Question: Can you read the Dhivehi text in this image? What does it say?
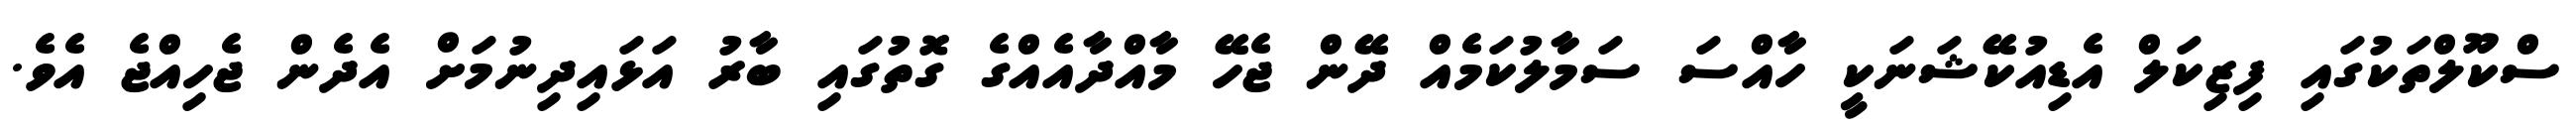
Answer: ސްކޫލްތަކުގައި ފިޒިކަލް އެޑިއުކޭޝަނަކީ ހާއްސަ ސަމާލުކަމެއް ދޭން ޖެހޭ މާއްދާއެއްގެ ގޮތުގައި ބާރު އަޅައިދިނުމަށް އެދެން ޖެހިއްޖެ އެވެ.